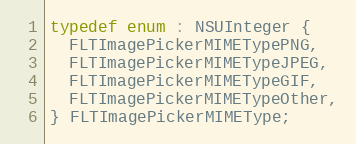
Language: C
typedef enum : NSUInteger {
  FLTImagePickerMIMETypePNG,
  FLTImagePickerMIMETypeJPEG,
  FLTImagePickerMIMETypeGIF,
  FLTImagePickerMIMETypeOther,
} FLTImagePickerMIMEType;